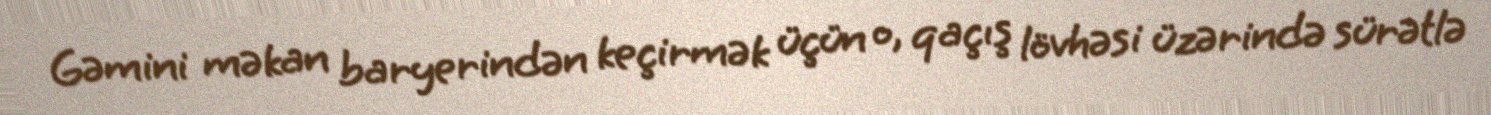
Gəmini məkan baryerindən keçirmək üçün o, qaçış lövhəsi üzərində sürətlə